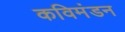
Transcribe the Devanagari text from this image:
कविमंडन